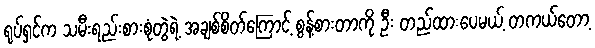
ရုပ်ရှင်က သမီးရည်းစားစုံတွဲရဲ့ အချစ်စိတ်ကြောင့် စွန့်စားတာကို ဦး တည်ထားပေမယ့် တကယ်တော့